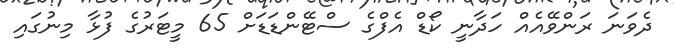
ދެވަނަ ރަންވޭއެއް ހަދާނީ ކޯޑް އެފްގެ ސްޓޭންޑަޑަށް 65 މީޓަރުގެ ފުޅާ މިނުގައި